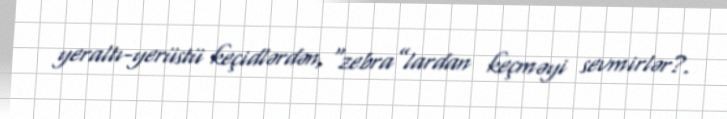
yeraltı-yerüstü keçidlərdən, “zebra”lardan keçməyi sevmirlər?.